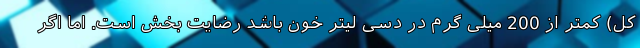
کل) کمتر از 200 میلی گرم در دسی لیتر خون باشد رضایت بخش است. اما اگر